Insane asylums in Bengal annual reports 1867-1875 - 1867-1875
Year: 1867
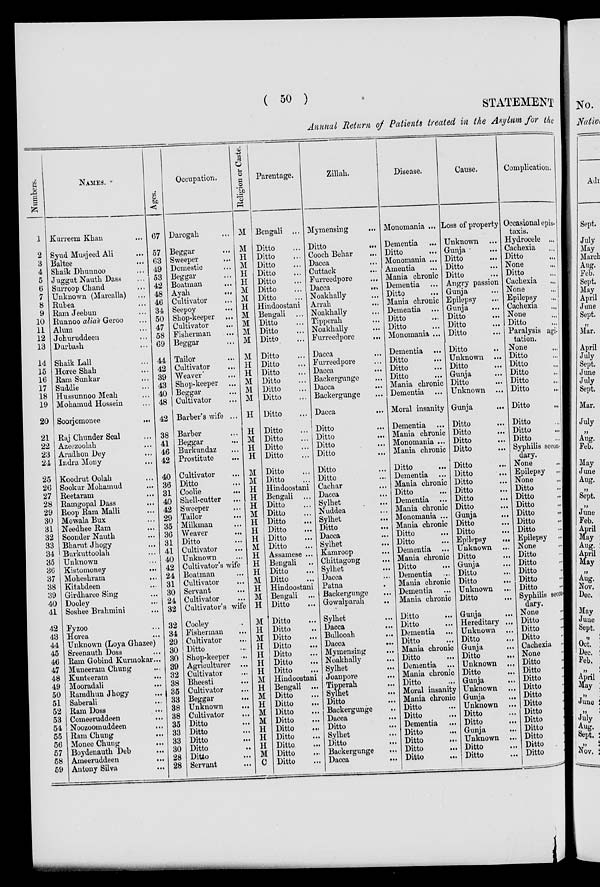
( 50 )
STATEMENT
Annual Return of Patients treated in the Asylum for the
Numbers.
1
2
3
4
5
6
7
8
9
10
11
12
13
14
15
16
17
18
19
20
21
22
23
24
25
26
27
28
29
30
31
32
33
34
35
30
37
38
39
40
41
42
43
44
45
46
47
48
49
50
51
52
53
54
55
56
57
58
59
NAMES.
Kurreem Khan ...
Syud Musjeed Ali ...
Baltee ...
Shaik Dhunnoo ...
Juggut Nauth Dass ...
Surroop Chand ...
Unknown (Marcalla) ...
Rubea ...
Ram Jeebun ...
Runnoo alias Geroo ...
Alum ...
Johuruddeen ...
Durbash ...
Shaik Lall ...
Horee Shah ...
Ram Sunkar ...
Suddie ...
Hussunnoo Meah ...
Mohamud Hossein ...
Soorjomonee
...
Raj Chunder Seal ...
Azeezoolah ...
Aradhon Dey ...
Indra Mony ...
Koodrut Oolah ...
Sookur Mohamad ...
Reetaram ...
Ramgopal Dass ...
Roop Ram Malli ...
Mowala Bux ...
Needhee Ram ...
Soonder Nauth ...
Bharut Jhogy ...
Burkuttoolah ...
Unknown ...
Kistomoney ...
Moheshram ...
Kitabdeen ...
Girdharee Sing ...
Dooley ...
Soshee Brahmini ...
Fyzoo ...
Horea ...
Unknown (Loya Ghzee)
Sreenauth Doss ...
Ram Gobind Kurmokar ...
Muneeram Chung ...
Kunteam ...
Mooradali ...
Ramdhun Jhogy ...
Saberali ...
Ram Doss ...
Comeeruddeen ...
Noozoomuddeen ...
Ram Chung ...
Monee Chung ...
Boydenauth Deb ...
Ameeruddeen ...
Antony Silva ...
Ages.
67
57
63
49
53
42
48
46
34
50
47
58
69
44
42
39
43
40
48
42
38
41
46
42
40
36
31
40
42
29
35
36
31
41
40
42
24
31
30
24
32
32
34
29
30
30
39
32
38
35
33
38
38
35
33
33
30
28
28
Occupation.
Darogah ...
Beggar ...
Sweeper ...
Domestic ...
Beggar ...
Boatman
...
Ayah
...
Cultivator ...
Seepoy ...
Shop-keeper ...
Cultivator ...
Fisherman ...
Beggar ...
Tailor ...
Cultivator ...
Weaver ...
Shop-keeper ...
Beggar ...
Cultivator ...
Barber's wife ...
Barber ...
Beggar ...
Burkundaz ...
Prostitute
...
Cultivator ...
Ditto ...
Coolie ...
Shell-cutter
...
Sweeper ...
Tailor ...
Milkman ...
Weaver ...
Ditto ...
Cultivator ...
Unknown ...
Cultivator's wife
Boatman ...
Cultivator ...
Servant ...
Cultivator ...
Cultivator's wife
Cooley ...
Fisherman ...
Cultivator ...
Ditto ...
Shop-keeper ...
Agriculturer ...
Cultivator ...
Bheesti ...
Cultivator ...
Beggar ...
Unknown ...
Cultivator ...
Ditto ...
Ditto ...
Ditto ...
Ditto ...
Ditto ...
Servant ...
Religion or Caste.
M
M
H
M
H
H
M
M
H
M
M
M
M
M
H
H
M
M
M
H
H
M
H
H
M
M
H
H
H
M
H
H
H
M
H
H
H
M
H
M
H
M
H
M
H
H
H
H
M
H
M
H
M
M
H
H
H
M
C
Parentage.
Bengali ...
Ditto ...
Ditto ...
Ditto ...
Ditto ...
Ditto ...
Ditto ...
Ditto ...
Hindoostani
Bengali ...
Ditto ...
Ditto ...
Ditto ...
Ditto ...
Ditto ...
Ditto ...
Ditto ...
Ditto ...
Ditto ...
Ditto ...
Ditto ...
Ditto ...
Ditto ...
Ditto ...
Ditto ...
Ditto ...
Hindoostani
Bengali ...
Ditto ...
Ditto ...
Ditto ...
Ditto ...
Ditto ...
Ditto ...
Assamese ...
Bengali ...
Ditto ...
Ditto ...
Hindoostani
Bengali ...
Ditto ...
Ditto ...
Ditto ...
Ditto ...
Ditto ...
Ditto ...
Ditto ...
Ditto ...
Hindoostani
Bengali ...
Ditto ...
Ditto ...
Ditto ...
Ditto ...
Ditto ...
Ditto ...
Ditto ...
Ditto ...
Ditto ...
Zillah.
Mymensing ...
Ditto ...
Cooch Behar ...
Dacca ...
Cuttack
...
Furreedpore
...
Dacca
...
Noakhally ...
Arrah ...
Noakhally ...
Tipperah
...
Noakhally ...
Furreedpore
...
Dacca ...
Furreedpore ...
Dacca ...
Backergunge ...
Dacca
...
Backergunge ...
Dacca
...
Ditto ...
Ditto ...
Ditto ...
Ditto ...
Ditto ...
Ditto ...
Cachar ...
Dacca ...
Sylhet ...
Nuddea ...
Sylhet ...
Ditto ...
Dacca
...
Sylhet ...
Kamroop ...
Chittagong ...
Sylhet ...
Dacca ...
Patna ...
Backergunge ...
Gowalparah ...
Sylhet ...
Dacca ...
Bullooah ...
Dacca
...
Mymensing ...
Noakhally ...
Sylhet ...
Joanpore ...
Tipperah ...
Sylhet
...
Ditto ...
Backergunge ...
Dacca ...
Ditto ...
Sylhet ...
Ditto ...
Backergunge ...
Dacca
...
Disease.
Monomania ...
Dementia ...
Ditto ...
Monomania ...
Amentia ...
Mania chronic
Dementia ...
Ditto ...
Mania chronic
Dementia ...
Ditto ...
Ditto ...
Monomania ...
Dementia ...
Ditto ...
Ditto ...
Ditto ...
Mania chronic
Dementia ...
Moral insanity
Dementia ...
Mania chronic
Monomania ...
Mania chronic
Ditto ...
Dementia ...
Mania chronic
Ditto ...
Dementia ...
Mania chronic
Monomania ...
Mania chronic
Ditto ...
Ditto ...
Dementia ...
Mania chronic
Ditto ...
Dementia ...
Mania chronic
Dementia ...
Mania chronic
Ditto ...
Ditto ...
Dementia ...
Ditto ...
Mania chronic
Ditto ...
Dementia ...
Mania chronic
Ditto ...
Moral insanity
Mania chronic
Ditto ...
Ditto ...
Dementia ...
Ditto
...
Ditto ...
Ditto ...
Ditto ...
Cause.
Loss of property
Unknown ...
Gunja ...
Ditto ...
Ditto ...
Ditto ...
Angry passion ...
Gunja ...
Epilepsy ...
Gunja ...
Ditto ...
Ditto ...
Ditto ...
Ditto ...
Unknown ...
Ditto ...
Gunja ...
Ditto ...
Unknown ...
Gunja ...
Ditto ...
Ditto ...
Ditto ...
Ditto ...
Ditto ...
Ditto ...
Ditto ...
Ditto ...
Ditto ...
Ditto ...
Gunja ...
Ditto ...
Ditto ...
Epilepsy
...
Unknown ...
Ditto ...
Gunja ...
Ditto ...
Ditto ...
Unknown ...
Ditto ...
Gunja ...
Hereditary ...
Unknown ...
Ditto
...
Gunja ...
Ditto ...
Unknown ...
Ditto ...
Gunja ...
Unknown ...
Gunja ...
Unknown ...
Ditto ...
Ditto ...
Gunja ...
Unknown ...
Ditto ...
Ditto ...
Complication.
Occasional epis-
taxis.
Hydrocele ...
Cachexia ...
Ditto ...
None ...
Ditto ...
Cachexia ...
None ...
Epilepsy ...
Cachexia
...
None ...
Ditto
...
Paralysis agi-
tation. ...
None ...
Ditto ...
Ditto ...
Ditto ...
Ditto ...
Ditto ...
Ditto
...
Ditto ...
Ditto ...
Ditto ...
Syphilis secon-
dary.
None ...
Epilepsy ...
None ...
Ditto ...
Ditto ...
Ditto ...
Ditto
...
Ditto ...
Ditto ...
Epilepsy ...
None ...
Ditto ...
Ditto ...
Ditto ...
Ditto ...
Ditto ...
Syphilis secon-
dary.
None ...
Ditto ...
Ditto ...
Ditto
...
Cachexia ...
None
...
Ditto
...
Ditto ...
Ditto ...
Ditto ...
Ditto ...
Ditto ...
Ditto
...
Ditto ...
Ditto ...
Ditto ...
Ditto ...
Ditto ...